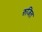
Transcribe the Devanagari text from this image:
रुजित